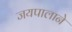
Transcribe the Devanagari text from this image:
जयपालाने